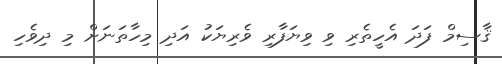
ޤާސިމް ފަދަ އެހީތެރި ވި ވިޔަފާރި ވެރިޔަކު އަދި މިހާތަނަށް މި ދިވެހި